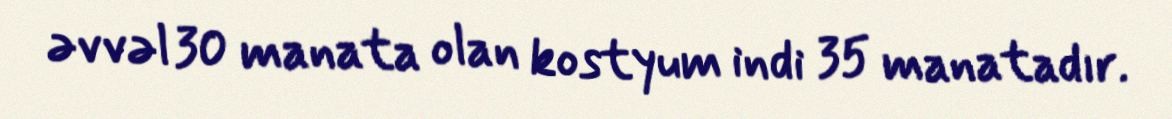
əvvəl 30 manata olan kostyum indi 35 manatadır.